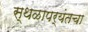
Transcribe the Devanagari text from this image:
स्थळापर्यंतचा